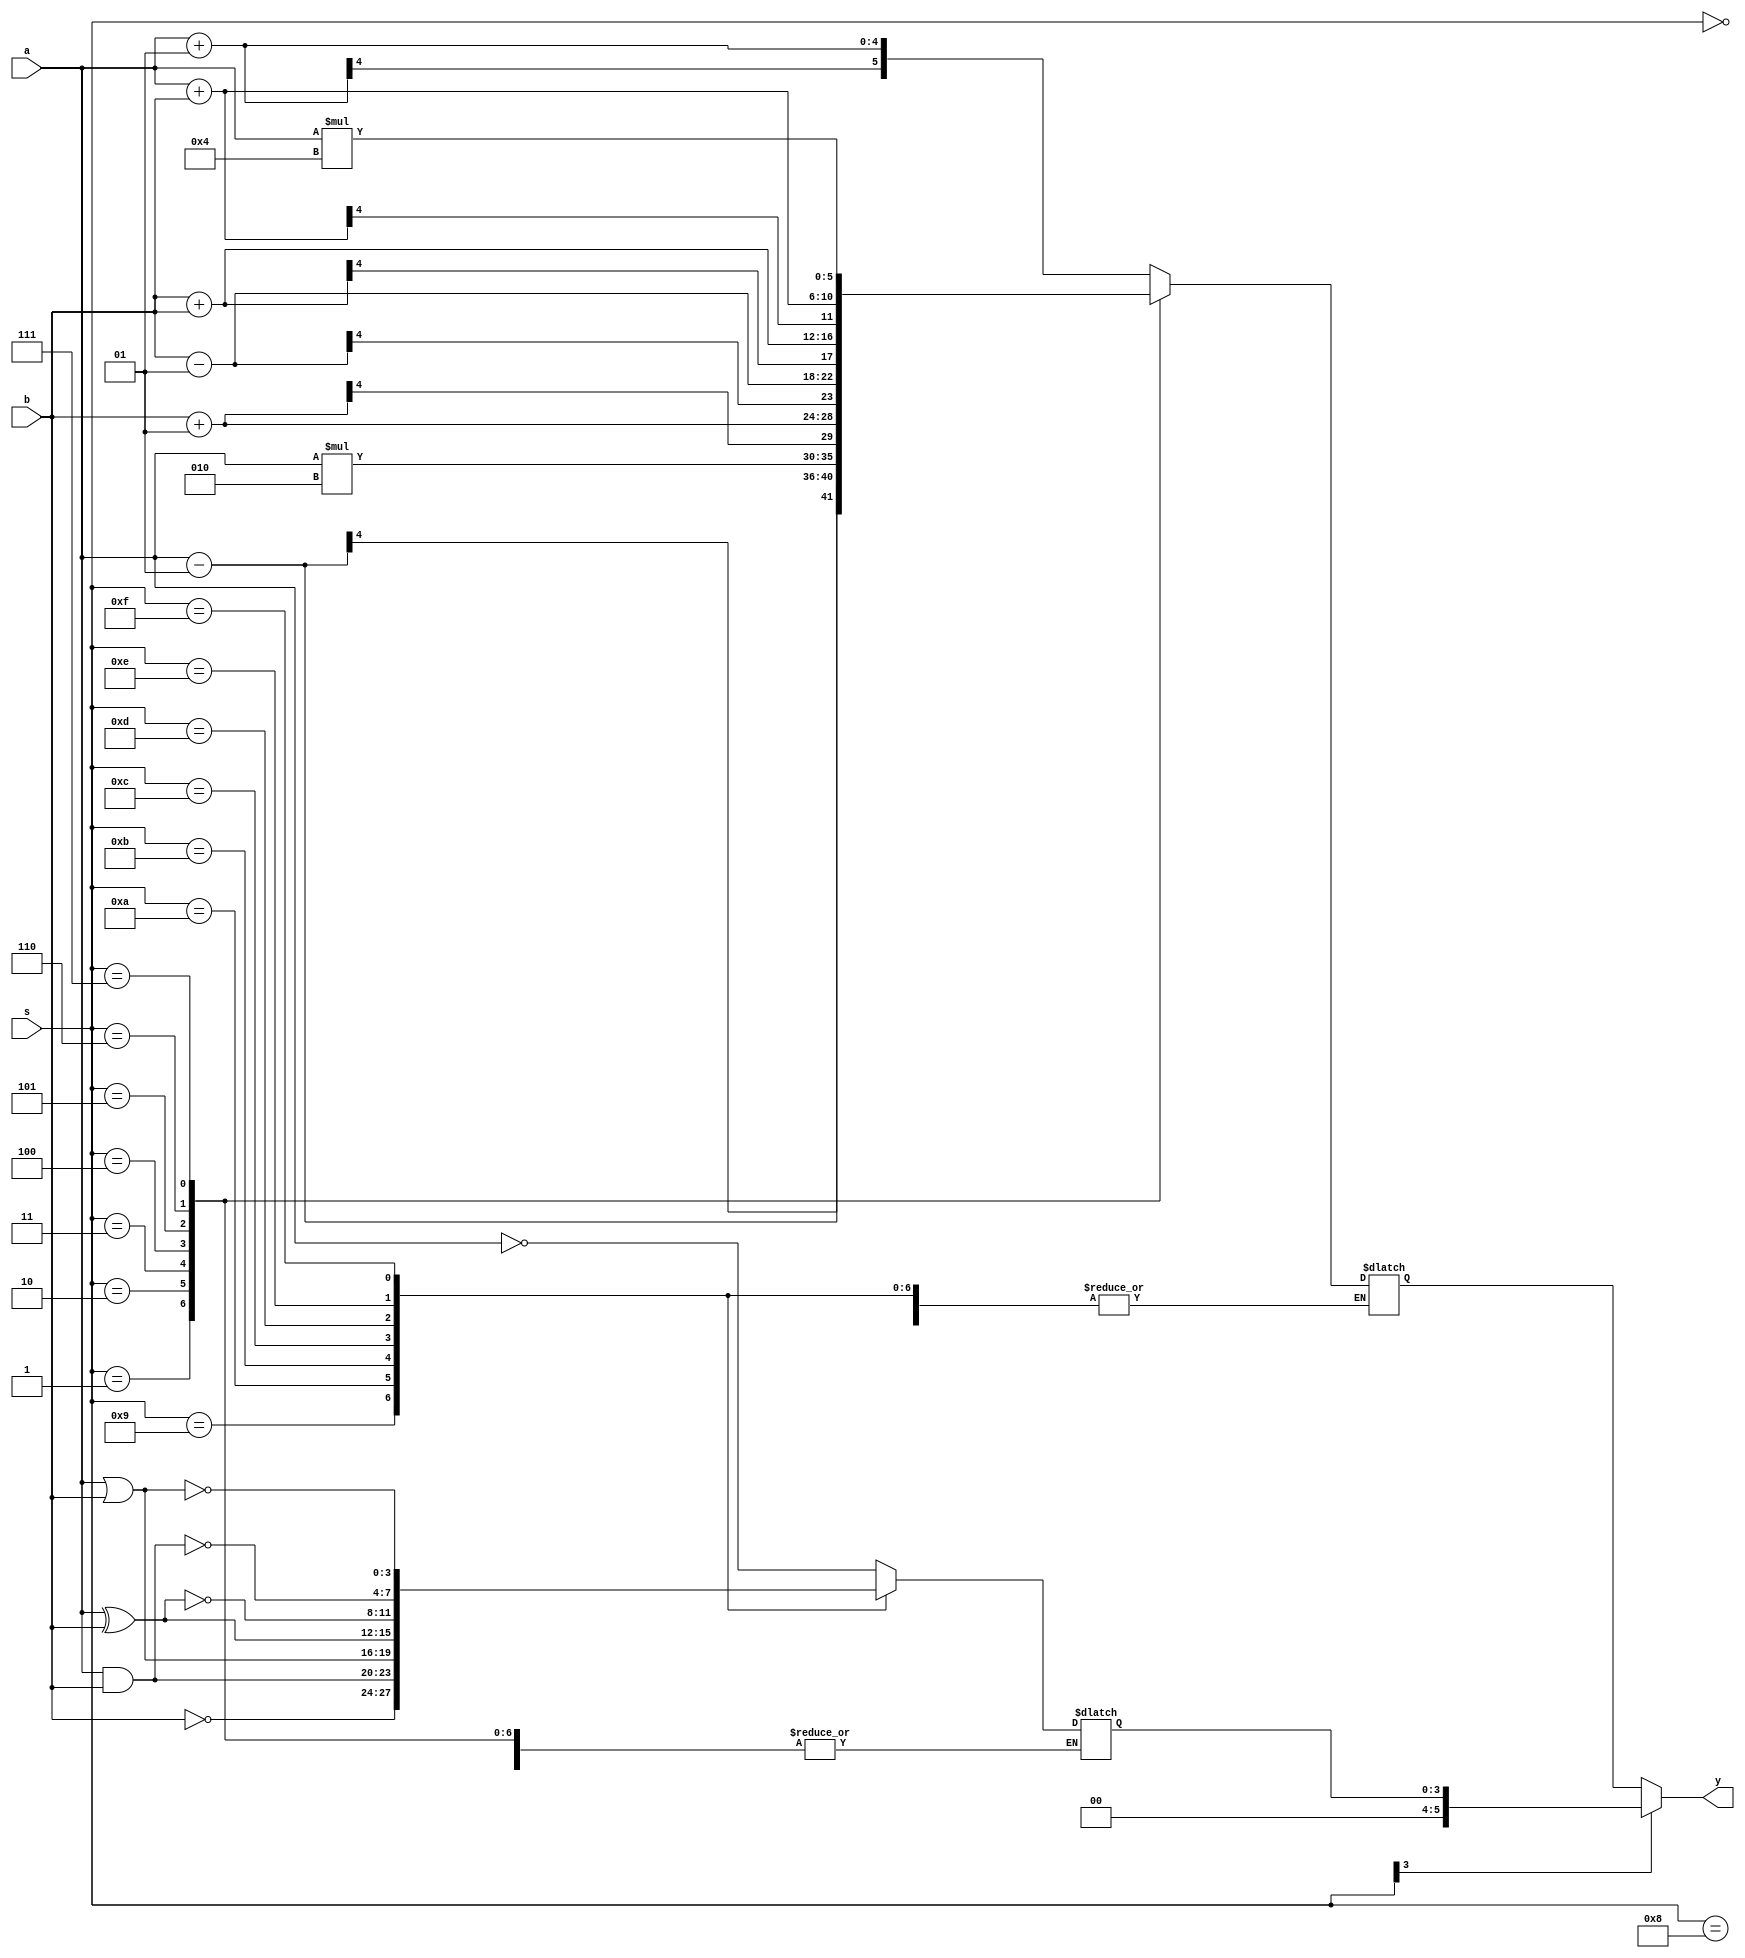

module main(
    input [3:0] a,
    input [3:0] b,
    input [3:0] s,
    output reg [5:0] y
);

reg [5:0] z1;
reg [3:0] z2;

always @ (a, b, s) begin
    case(s)
        4'b0000: z1 = $signed(a) + 1;
        4'b0001: z1 = $signed(a) - 1;
        4'b0010: z1 = $signed(a) *2;
        4'b0011: z1 = $signed(b) + 1;
        4'b0100: z1 = $signed(b) - 1;
        4'b0101: z1 = $signed(b) + $signed(b);
        4'b0110: z1 = $signed(a) + $signed(b);
        4'b0111: z1 = $signed(a)*4;
        4'b1000: z2 = ~a;
        4'b1001: z2 = ~b;
        4'b1010: z2 = a & b;
        4'b1011: z2 = a | b;
        4'b1100: z2 = a ^ b;
        4'b1101: z2 = ~(a ^ b);
        4'b1110: z2 = ~(a & b);
        4'b1111: z2 = ~(a | b);
        default:;
    endcase
end

always @(*) begin
if(s[3] == 0) begin
     y = z1;
end else begin
    y = z2;
end
end
endmodule
`timescale 1ns / 1ns